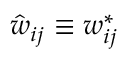
\hat { w } _ { i j } \equiv w _ { i j } ^ { * }